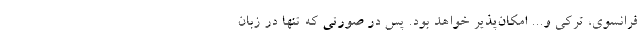
فرانسوی، ترکی و... امکان‌پذیر خواهد بود. پس در صورتی که تنها در زبان